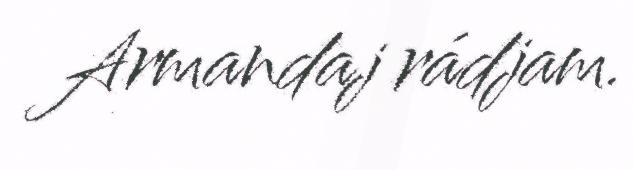
Armandaj rádjam.